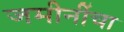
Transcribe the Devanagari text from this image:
जमीनींचा